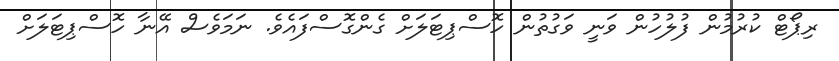
ރިޕޯޓް ކުރުމުން ފުލުހުން ވަނީ ވަގުތުން ހޮސްޕިޓަލަށް ގެންގޮސްފައެވެ. ނަމަވެސް އޭނާ ހޮސްޕިޓަލަށް